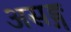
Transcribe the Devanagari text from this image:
असङ्ग